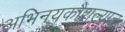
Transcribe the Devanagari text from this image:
अभिनयकौशल्यात